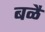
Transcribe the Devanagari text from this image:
बळै